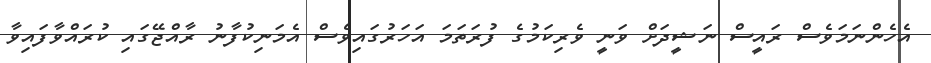
އެހެންނަމަވެސް ރައީސް ނަޝީދަށް ވަނީ ވެރިކަމުގެ ފުރަތަމަ އަހަރުގައިވެސް އެމަނިކުފާނު ރާއްޖޭގައި ކުރައްވާފައިވާ